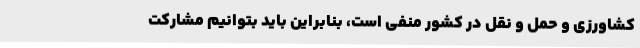
کشاورزی و حمل و نقل در کشور منفی است، بنابراین باید بتوانیم مشارکت